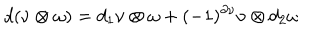
d ( \nu \otimes \omega ) = d _ { 1 } \nu \otimes \omega + ( - 1 ) ^ { \partial \nu } \nu \otimes d _ { 2 } \omega